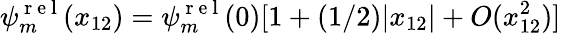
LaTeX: \psi_{m}^{\mathrm{~r~e~l~}}(x_{12})=\psi_{m}^{\mathrm{~r~e~l~}}(0)[1+(1/2)|x_{12}|+O(x_{12}^{2})]